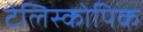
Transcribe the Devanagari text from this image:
टेलिस्कोपिक